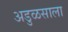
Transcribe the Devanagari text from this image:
अडुळसाला